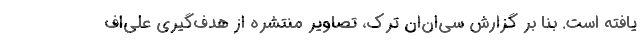
یافته است. بنا بر گزارش سی‌ان‌ان ترک، تصاویر منتشره از هدف‌گیری علی‌اف